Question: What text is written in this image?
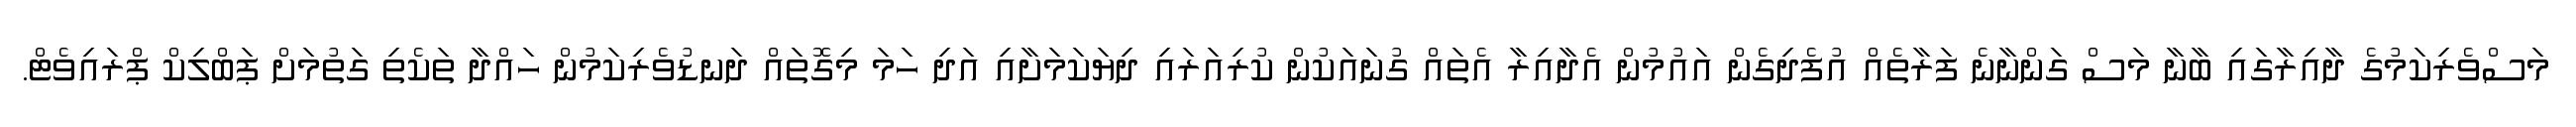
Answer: މަސްވެރިކަމުގެ ދާއިރާގައި ބާނާ މަސް ގަންނާނެ ފަރާތެއް އުފެދިގެން އައުމުން އެދާއިރާ އެތައް ގުނައަކުން ކުރިއަރައި ދިޔަކަމަށާއި އަދި ހަމަ މިގޮތައް ދަނޑުވެރިކަމުން ހައްދާ ތަކެތި ގަތުމަށް ޕަބްލިކް ޕްރައިވެޓް.